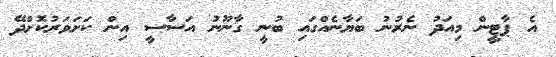
އެ ޕާޓީން މިއަދު ނެރުނު ބަޔާނެއްގައި ބުނީ ގާނޫނު އަސާސީ އިން ކަށަވަރުކޮށްދޭ